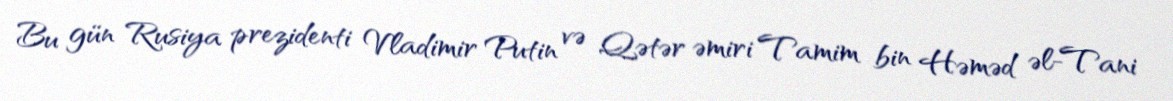
Bu gün Rusiya prezidenti Vladimir Putin və Qətər əmiri Tamim bin Həməd əl-Tani